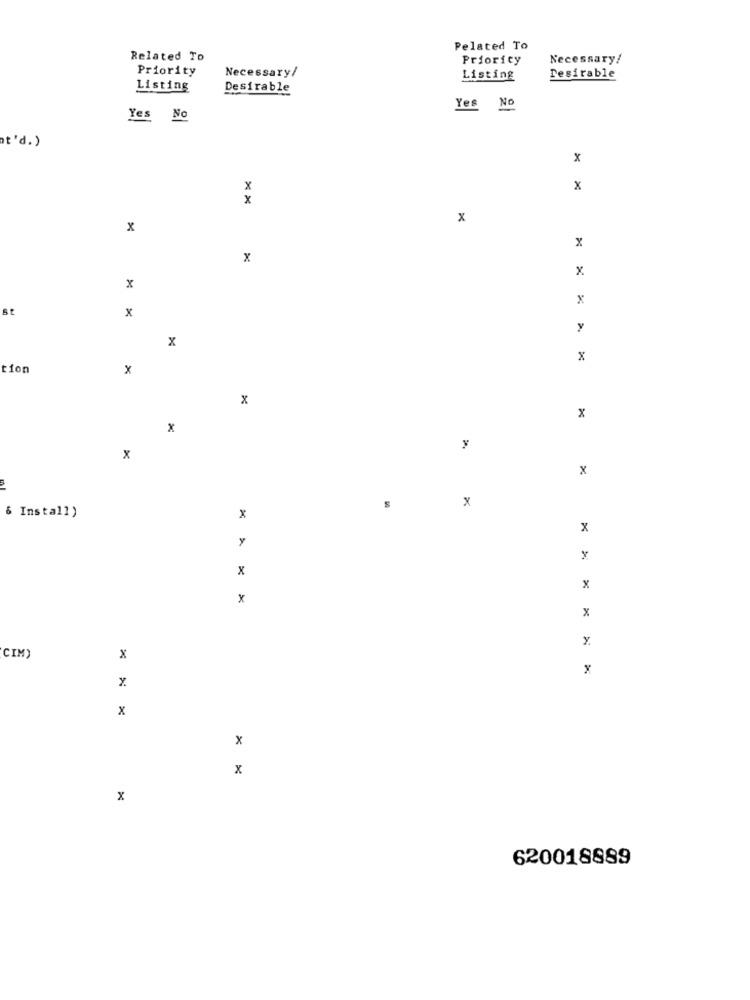
Pelated To
Related To
Priority
Necessary!
Priority
Necessary/
Listing
Desirable
Listing
Desirable
Yes No
Yes No
at'd.)
x
x
x
x
x
x
x
x
x
x
x
st
x
y
x
x
tion
x
x
x
x
x
x
2
x
& Install)
x
y
x
x
x
x
Y.
CIM)
x
x
x
x
x
x
x
620018889